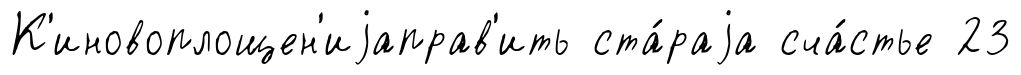
К'иновоплощен'иjаправ'ить ста́раjа сча́стье 23